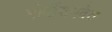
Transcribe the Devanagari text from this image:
मोदींसमवेत